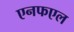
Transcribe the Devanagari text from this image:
एनफएल